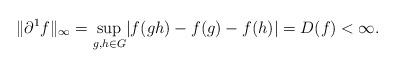
LaTeX: \begin{align*} \lVert \partial^1f \rVert_\infty = \sup_{g,h\in G} \lvert f(gh) - f(g) - f(h)\rvert =D(f)< \infty. \end{align*}